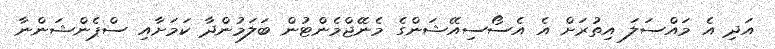
އަދި އެ މައްސަލަ އިތުރަށް އެ އެސޯސިއޭޝަންގެ މެނޭޖްމެންޓުން ބަލަމުންދާ ކަމަށާއި ސްޕެންޝަންނާ